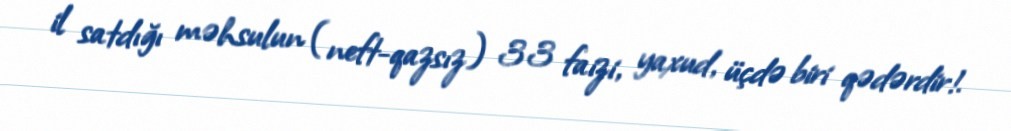
il satdığı məhsulun (neft-qazsız) 33 faizi, yaxud, üçdə biri qədərdir!.